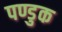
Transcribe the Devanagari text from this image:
पण्डुक